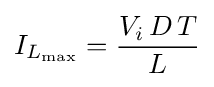
I_{L_{\text{max}}}={\frac {V_{i}\,D\,T}{L}}